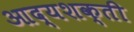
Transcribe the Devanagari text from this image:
आद्यशक्ती